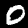
Label: 0